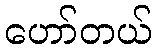
ဟော်တယ်